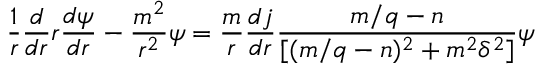
\frac { 1 } { r } \frac { d } { d r } r \frac { d \psi } { d r } - \frac { m ^ { 2 } } { r ^ { 2 } } \psi = \frac { m } { r } \frac { d j } { d r } \frac { m / q - n } { [ ( m / q - n ) ^ { 2 } + m ^ { 2 } \delta ^ { 2 } ] } \psi